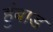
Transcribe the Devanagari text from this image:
हुंबाड